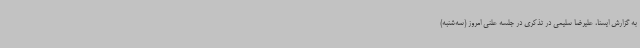
به گزارش ایسنا، علیرضا سلیمی در تذکری در جلسه علنی امروز (سه‌شنبه)